Annual report of the Punjab Veterinary College and of the Civil Veterinary Department, Punjab - 1894-1908
Year: 1894
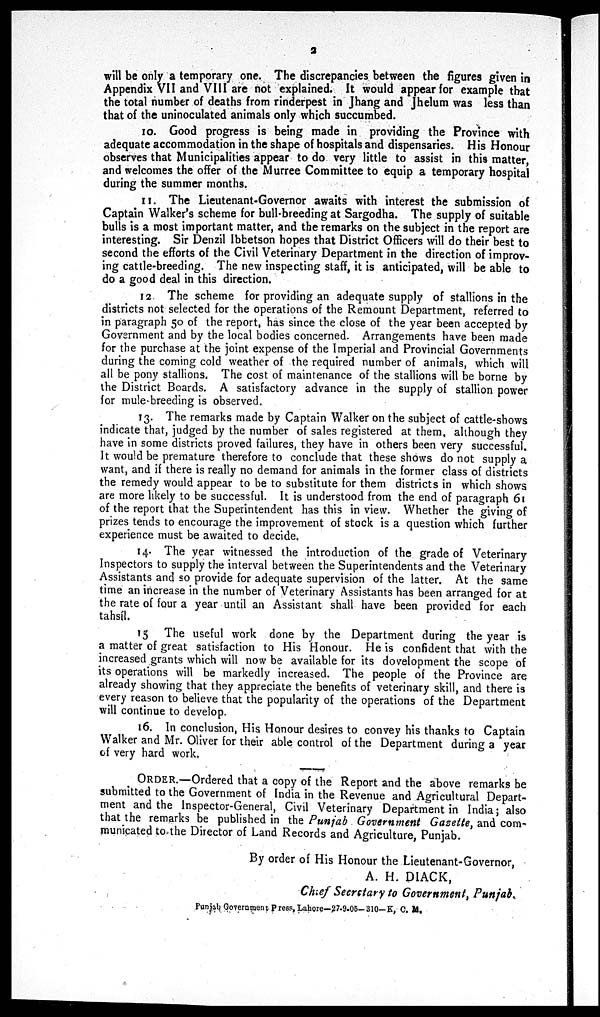
2
will be only a temporary one. The discrepancies between the figures given in
Appendix VII and VIII are not explained. It would appear for example that
the total number of deaths from rinderpest in Jhang and Jhelum was less than
that of the uninoculated animals only which succumbed.
10. Good progress is being made in providing the Province with
adequate accommodation in the shape of hospitals and dispensaries. His Honour
observes that Municipalities appear to do very little to assist in this matter,
and welcomes the offer of the Murree Committee to equip a temporary hospital
during the summer months.
11. The Lieutenant-Governor awaits with interest the submission of
Captain Walker's scheme for bull-breeding at Sargodha. The supply of suitable
bulls is a most important matter, and the remarks on the subject in the report are
interesting. Sir Denzil Ibbetson hopes that District Officers will do their best to
second the efforts of the Civil Veterinary Department in the direction of improv-
ing cattle-breeding. The new inspecting staff, it is anticipated, will be able to
do a good deal in this direction.
12. The scheme for providing an adequate supply of stallions in the
districts not selected for the operations of the Remount Department, referred to
in paragraph 50 of the report, has since the close of the year been accepted by
Government and by the local bodies concerned. Arrangements have been made
for the purchase at the joint expense of the Imperial and Provincial Governments
during the coming cold weather of the required number of animals, which will
all be pony stallions. The cost of maintenance of the stallions will be borne by
the District Boards. A satisfactory advance in the supply of stallion power
for mule-breeding is observed.
13. The remarks made by Captain Walker on the subject of cattle-shows
indicate that, judged by the number of sales registered at them, although they
have in some districts proved failures, they have in others been very successful.
It would be premature therefore to conclude that these shows do not supply a
want, and if there is really no demand for animals in the former class of districts
the remedy would appear to be to substitute for them districts in which shows
are more likely to be successful. It is understood from the end of paragraph 61
of the report that the Superintendent has this in view. Whether the giving of
prizes tends to encourage the improvement of stock is a question which further
experience must be awaited to decide,
14. The year witnessed the introduction of the grade of Veterinary
Inspectors to supply the interval between the Superintendents and the Veterinary
Assistants and so provide for adequate supervision of the latter. At the same
time an increase in the number of Veterinary Assistants has been arranged for at
the rate of four a year until an Assistant shall have been provided for each
tahsíl.
15 The useful work done by the Department during the year is
a matter of great satisfaction to His Honour. He is confident that with the
increased grants which will now be available for its dovelopment the scope of
its operations will be markedly increased. The people of the Province are
already showing that they appreciate the benefits of veterinary skill, and there is
every reason to believe that the popularity of the operations of the Department
will continue to develop.
16. In conclusion, His Honour desires to convey his thanks to Captain
Walker and Mr. Oliver for their able control of the Department during a year
of very hard work.
ORDER.—Ordered that a copy of the Report and the above remarks be
submitted to the Government of India in the Revenue and Agricultural Depart-
ment and the Inspector-General, Civil Veterinary Department in India; also
that the remarks be published in the Punjab Government Gazette, and com-
municated to the Director of Land Records and Agriculture, Punjab.
By order of His Honour the Lieutenant-Governor,
A. H. DIACK,
Chief Secretary to Government, Punjab.
Punjab Government Press, Lahore—27-9-05— 310—K, C. M.